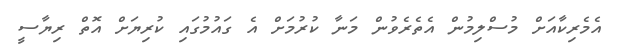
އެމެރިކާއަށް މުސްލިމުން އެތެރެވުން މަނާ ކުރުމަށް އެ ގައުމުގައި ކުރިޔަށް އޮތް ރިޔާސީ